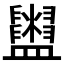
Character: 𥃜